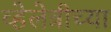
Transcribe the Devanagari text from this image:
व्हेलेत्रीच्या